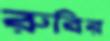
রুবির